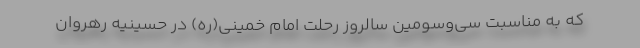
که به مناسبت سی‌وسومین سالروز رحلت امام خمینی(ره) در حسینیه رهروان